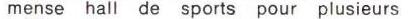
mense hall de sports pour plusieurs